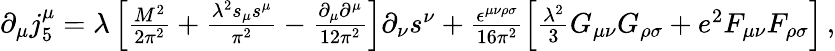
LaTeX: \begin{array}{r}{\partial_{\mu}j_{5}^{\mu}=\lambda\left[\frac{M^{2}}{2\pi^{2}}+\frac{\lambda^{2}s_{\mu}s^{\mu}}{\pi^{2}}-\frac{\partial_{\mu}\partial^{\mu}}{12\pi^{2}}\right]\partial_{\nu}s^{\nu}+\frac{\epsilon^{\mu\nu\rho\sigma}}{16\pi^{2}}\left[\frac{\lambda^{2}}{3}G_{\mu\nu}G_{\rho\sigma}+e^{2}F_{\mu\nu}F_{\rho\sigma}\right]\, ,}\end{array}